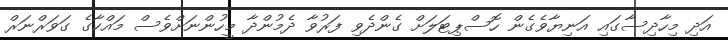
އަދި މިހާދިސާގައި އަނިޔާވެގެން ހޮސްޕިޓަލަށް ގެންދެވި ފަރުވާ ދެމުންދާ މީހުންނަށްވެސް މައްކާގެ ގަވަރްނަރް